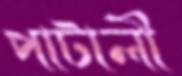
পাটালী